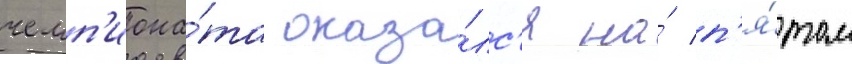
чемп'иона́та оказа́лс'я на́ п'я́том